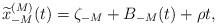
LaTeX: \begin{align*} \widetilde{x}_{-M}^{(M)}(t)=\zeta_{-M}+B_{-M}(t)+\rho t,\end{align*}